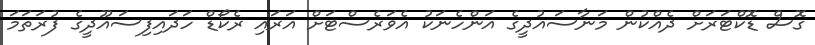
ގޮސް ޑޮކްޓަރަށް ދެއްކުން މަނާސައުދީގެ އަންހެނަކު އެވަރެސްޓަށް އަރައި ރެކޯޑް ހަދައިފިސައޫދީގެ ފުރަތަމަ